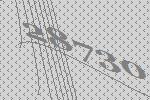
28730